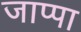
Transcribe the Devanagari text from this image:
जाप्पा